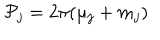
LaTeX: { \cal P } _ { j } = 2 \pi ( \mu _ { j } + m _ { j } )